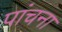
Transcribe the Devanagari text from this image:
पांचना